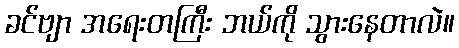
ခင်ဗျာ အရေးတကြီး ဘယ်ကို သွားနေတာလဲ။